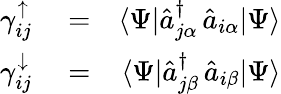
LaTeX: \begin{array}{rlr}{\gamma_{ij}^{\uparrow}}&{{}=}&{\langle\Psi|\hat{a}_{j\alpha}^{\dagger}\, \hat{a}_{i\alpha}|\Psi\rangle}\\ {\gamma_{ij}^{\downarrow}}&{{}=}&{\langle\Psi|\hat{a}_{j\beta}^{\dagger}\, \hat{a}_{i\beta}|\Psi\rangle}\end{array}